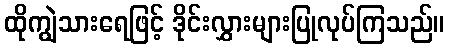
ထိုကျွဲသားရေဖြင့် ဒိုင်းလွှားများပြုလုပ်ကြသည်။